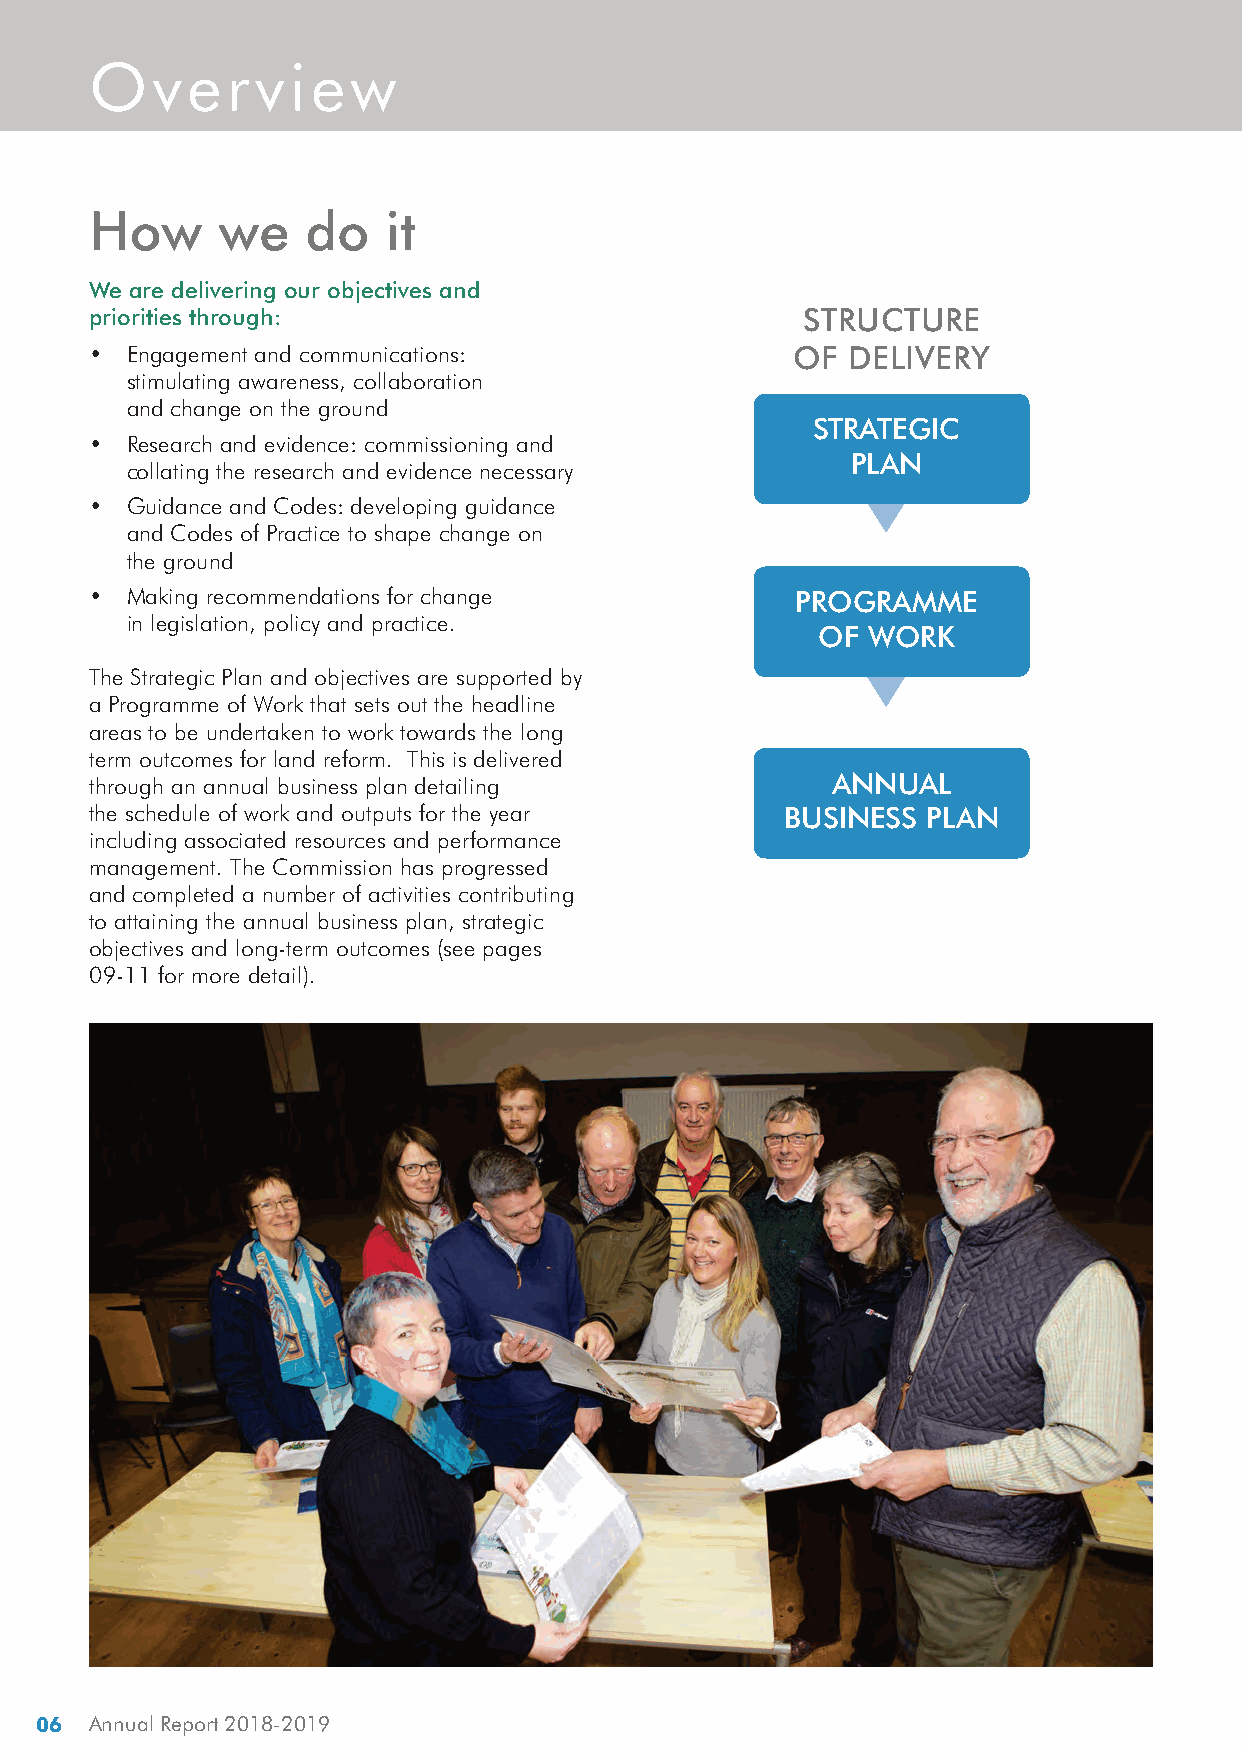
Overview
 How      we   do    it
 We are delivering our objectives and
 priorities through:                            STRUCTURE
 •  Engagement and communications:              OF DELIVERY
 stimulating awareness, collaboration
 and change on the ground
 STRATEGIC
 •  Research and evidence: commissioning and
 PLAN
 collating the research and evidence necessary
 •  Guidance and Codes: developing guidance
 and Codes of Practice to shape change on
 the ground
 •  Making recommendations for change           PROGRAMME
 in legislation, policy and practice.
 OF  WORK
 The Strategic Plan and objectives are supported by
 a Programme of Work that sets out the headline
 areas to be undertaken to work towards the long
 term outcomes for land reform. This is delivered
 through an annual business plan detailing        ANNUAL
 the schedule of work and outputs for the year BUSINESS  PLAN
 including associated resources and performance
 management. The Commission has progressed
 and completed a number of activities contributing
 to attaining the annual business plan, strategic
 objectives and long-term outcomes (see pages
 09-11 for more detail).
 06 Annual Report 2018-2019